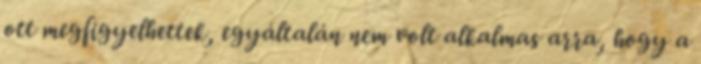
ott megfigyelhettek, egyáltalán nem volt alkalmas arra, hogy a